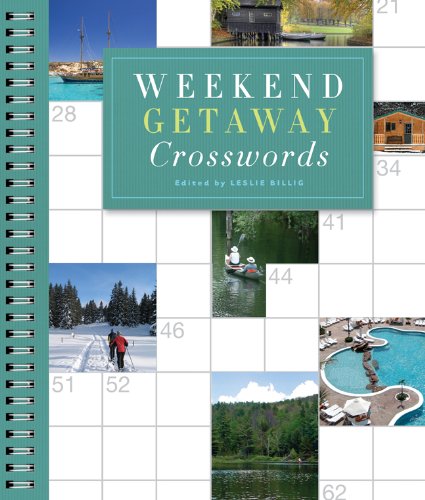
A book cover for Weekend Getaway Crosswords; Humor & Entertainment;